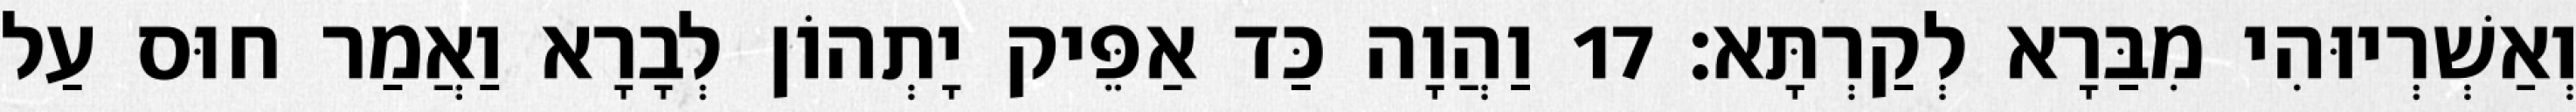
וְאַשְׁרְיוּהִי מִבַּרָא לְקַרְתָּא׃ 17 וַהֲוָה כַּד אַפֵּיק יָתְהוֹן לְבָרָא וַאֲמַר חוּס עַל